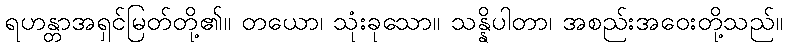
ရဟန္တာအရှင်မြတ်တို့၏။ တယော၊ သုံးခုသော။ သန္နိပါတာ၊ အစည်းအဝေးတို့သည်။